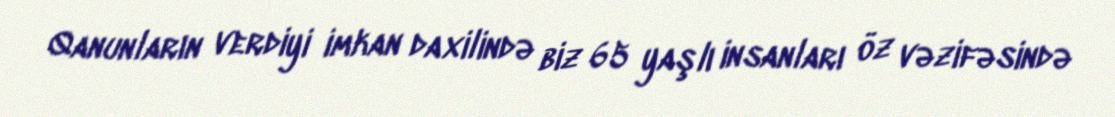
Qanunların verdiyi imkan daxilində biz 65 yaşlı insanları öz vəzifəsində